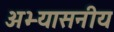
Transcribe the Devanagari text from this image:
अभ्यासनीय